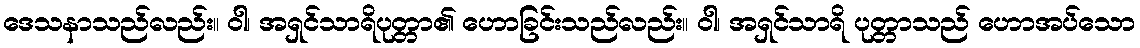
ဒေသနာသည်လည်း။ ဝါ၊ အရှင်သာရိပုတ္တာ၏ ဟောခြင်းသည်လည်း။ ဝါ၊ အရှင်သာရိ ပုတ္တာသည် ဟောအပ်သော